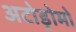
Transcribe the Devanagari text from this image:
अटोड्रोमो